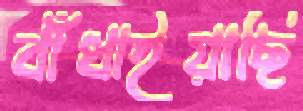
বাঁধাইয়াছি